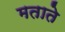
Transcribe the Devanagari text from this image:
मताते